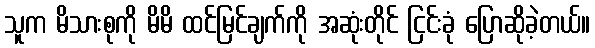
သူက မိသားစုကို မိမိ ထင်မြင်ချက်ကို အဆုံးတိုင် ငြင်းခုံ ပြောဆိုခဲ့တယ်။